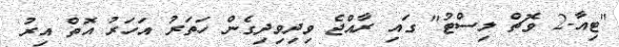
"ޓިއާ-2 ވޮޗް ލިސްޓު" ގައި ރާއްޖެ ވިދިވިދިގެން ހަތަރު އަހަރު އޮތް އިރު